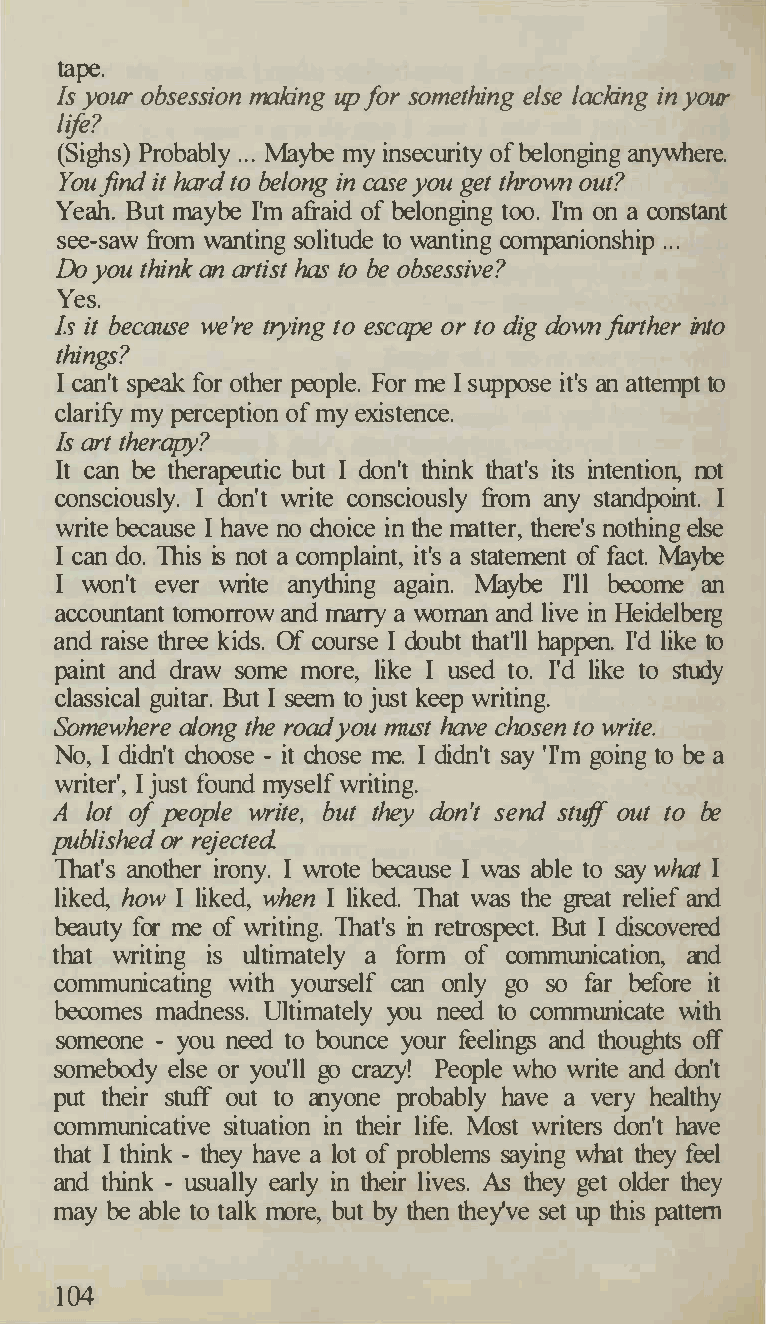
tape.
 Is your obsession making up for something else lacking in your
 life?
 (Sighs) Probably ... Maybe my insecurity of belonging anywhere.
 You find it hard to belong in case you get thrown out?
 Yeah. But maybe I'm afraid of belonging too. I'm on a constant
 see-saw from wanting solitude to wanting companionship ...
 Do you think an artist has to be obsessive?
 Yes.
 Is it because we're trying to escape or to dig down further into
 things?
 I can't speak for other people. For me I suppose it's an attempt to
 clarify my perception of my existence.
 Is art therapy?
 It can be therapeutic but I don't think that's its intention, not
 consciously. I don't write consciously from any standpoint. I
 write because I have no choice in the matter, there's nothing else
 I can do. 1his is not a complaint, it's a statement of fact. Maybe
 I won't ever write anything again. Maybe I'll become an
 accountant tomorrow and marry a woman and live in Heidelberg
 and raise three kids. Of course I doubt that'll happen. I'd like to
 paint and draw some more, like I used to. I'd like to study
 classical guitar. But I seem to just keep writing.
 Somewhere along the road you must have chosen to write.
 No, I didn't choose - it chose me. I didn't say 'I'm going to be a
 writer', I just found myself writing.
 A  lot of people write, but they don't send stuff out to be
 published or rejected
 1hat's another irony. I wrote because I able to say what I
 was
 liked, how I liked, when I liked. 1hat was the great relief and
 beauty for me of writing. 1hat's in retrospect. But I discovered
 that writing is ultimately a form of communication, and
 communicating with yourself can only go so far before it
 becomes madness. lTitimately you need to communicate with
 someone - you need to bounce your feelings and thoughts off
 somebody else or you'll go crazy! People who write and don't
 put their stuff out to anyone probably have a very healthy
 communicative situation in their life. Most writers don't have
 that I think - they have a lot of problems saying what they feel
 and think - usually early in their lives. As they get older they
 may be able to talk more, but by then they've set up this pattern
 104